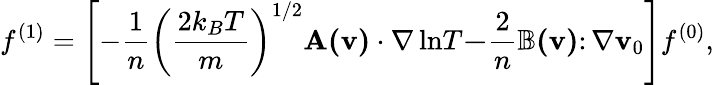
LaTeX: f^{(1)}=\left[-{\frac{1}{n}}\left({\frac{2k_{B}T}{m}}\right)^{1/2}\mathbf{A(\mathbf{v})\cdot\nabla\ln}T\mathbf{-}{\frac{2}{n}}\mathbb{B(\mathbf{v})\colon\nabla}\mathbf{v}_{0}\right]f^{(0)},